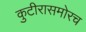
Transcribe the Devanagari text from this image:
कुटीरासमोरच